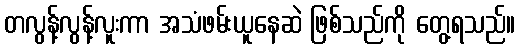
တလွန့်လွန့်လူးကာ အသံဖမ်းယူနေဆဲ ဖြစ်သည်ကို တွေ့ရသည်။